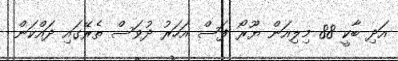
އަދި ބާކީ 88 މިލިއަން ޔޫރޯ ފަސް އަހަރު ދުވަސް ތެރޭގައި ދައްކަން